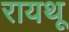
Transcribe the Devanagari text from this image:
रायथू